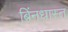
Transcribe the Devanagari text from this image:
बिंनधास्त